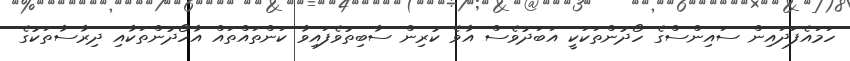
ހަމައެފަދައިން ސައިންސްގެ ހޯދުންތަކަކީ އަބަދުވެސް އާވެ ކުރިން ސާބިތުވެފައިވާ ކަންތައްތައް އާހޯދުންތަކާއި ދިރާސާތަކުގެ